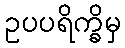
ဥပပရိက္ခိမှ